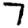
Digit: 7